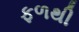
ફળથી